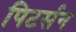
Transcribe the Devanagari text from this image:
पिटर्सन